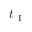
t _ { \mathrm { ~ I ~ } }